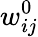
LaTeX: w_{ij}^{0}